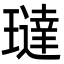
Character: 㼀